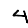
Digit: 4